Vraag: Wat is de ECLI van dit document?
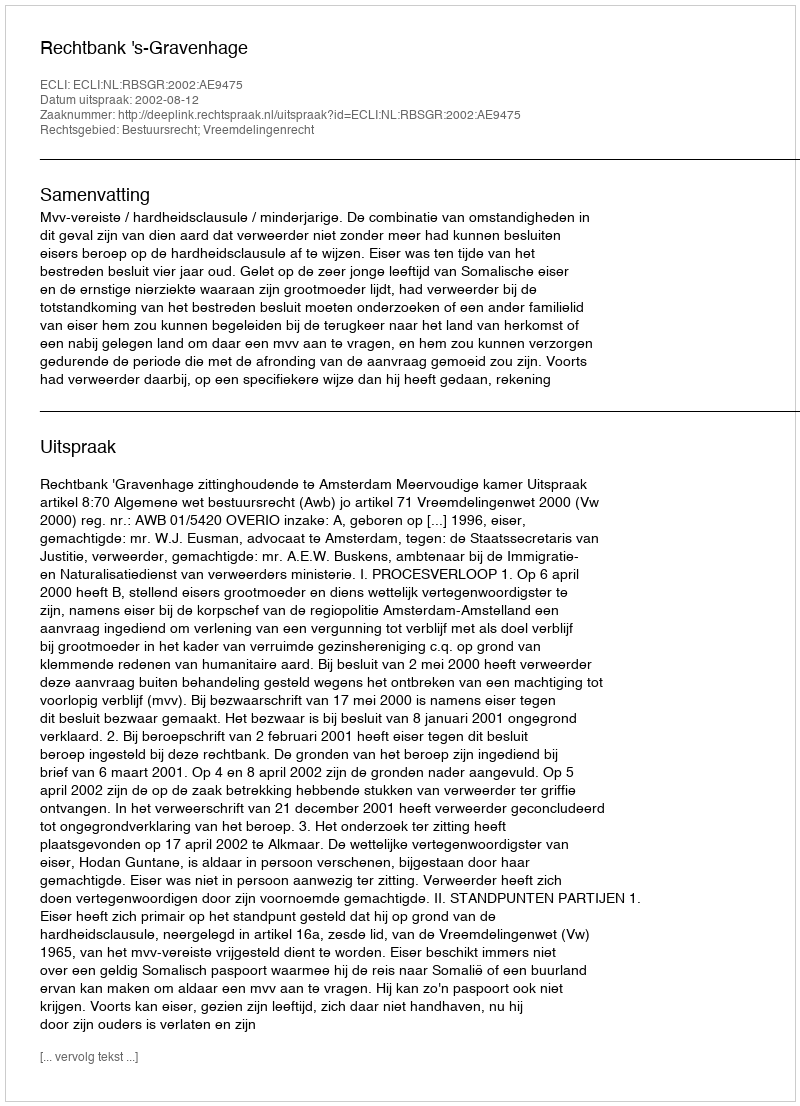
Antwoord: ECLI:NL:RBSGR:2002:AE9475